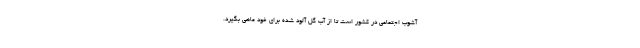
آشوب اجتماعی در کشور است تا از آب گل آلود شده برای خود ماهی بگیرد.